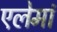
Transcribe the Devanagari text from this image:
एलेमां